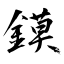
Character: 鏌